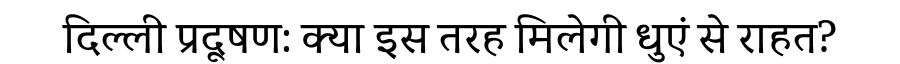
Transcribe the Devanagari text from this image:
दिल्ली प्रदूषण: क्या इस तरह मिलेगी धुएं से राहत?